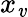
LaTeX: x_{\mathit{v}}